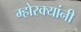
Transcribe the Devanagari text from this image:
म्होरक्‍यांनी